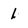
Character: 1